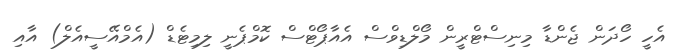
އެހީ ހޯދަން ޖެންޑާ މިނިސްޓްރީން މޯލްޑިވްސް އެއާޕޯޓްސް ކޮމްޕެނީ ލިމިޓެޑް (އެމްއޭސީއެލް) އާއި